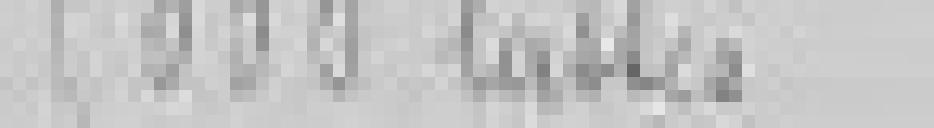
5000 lattes